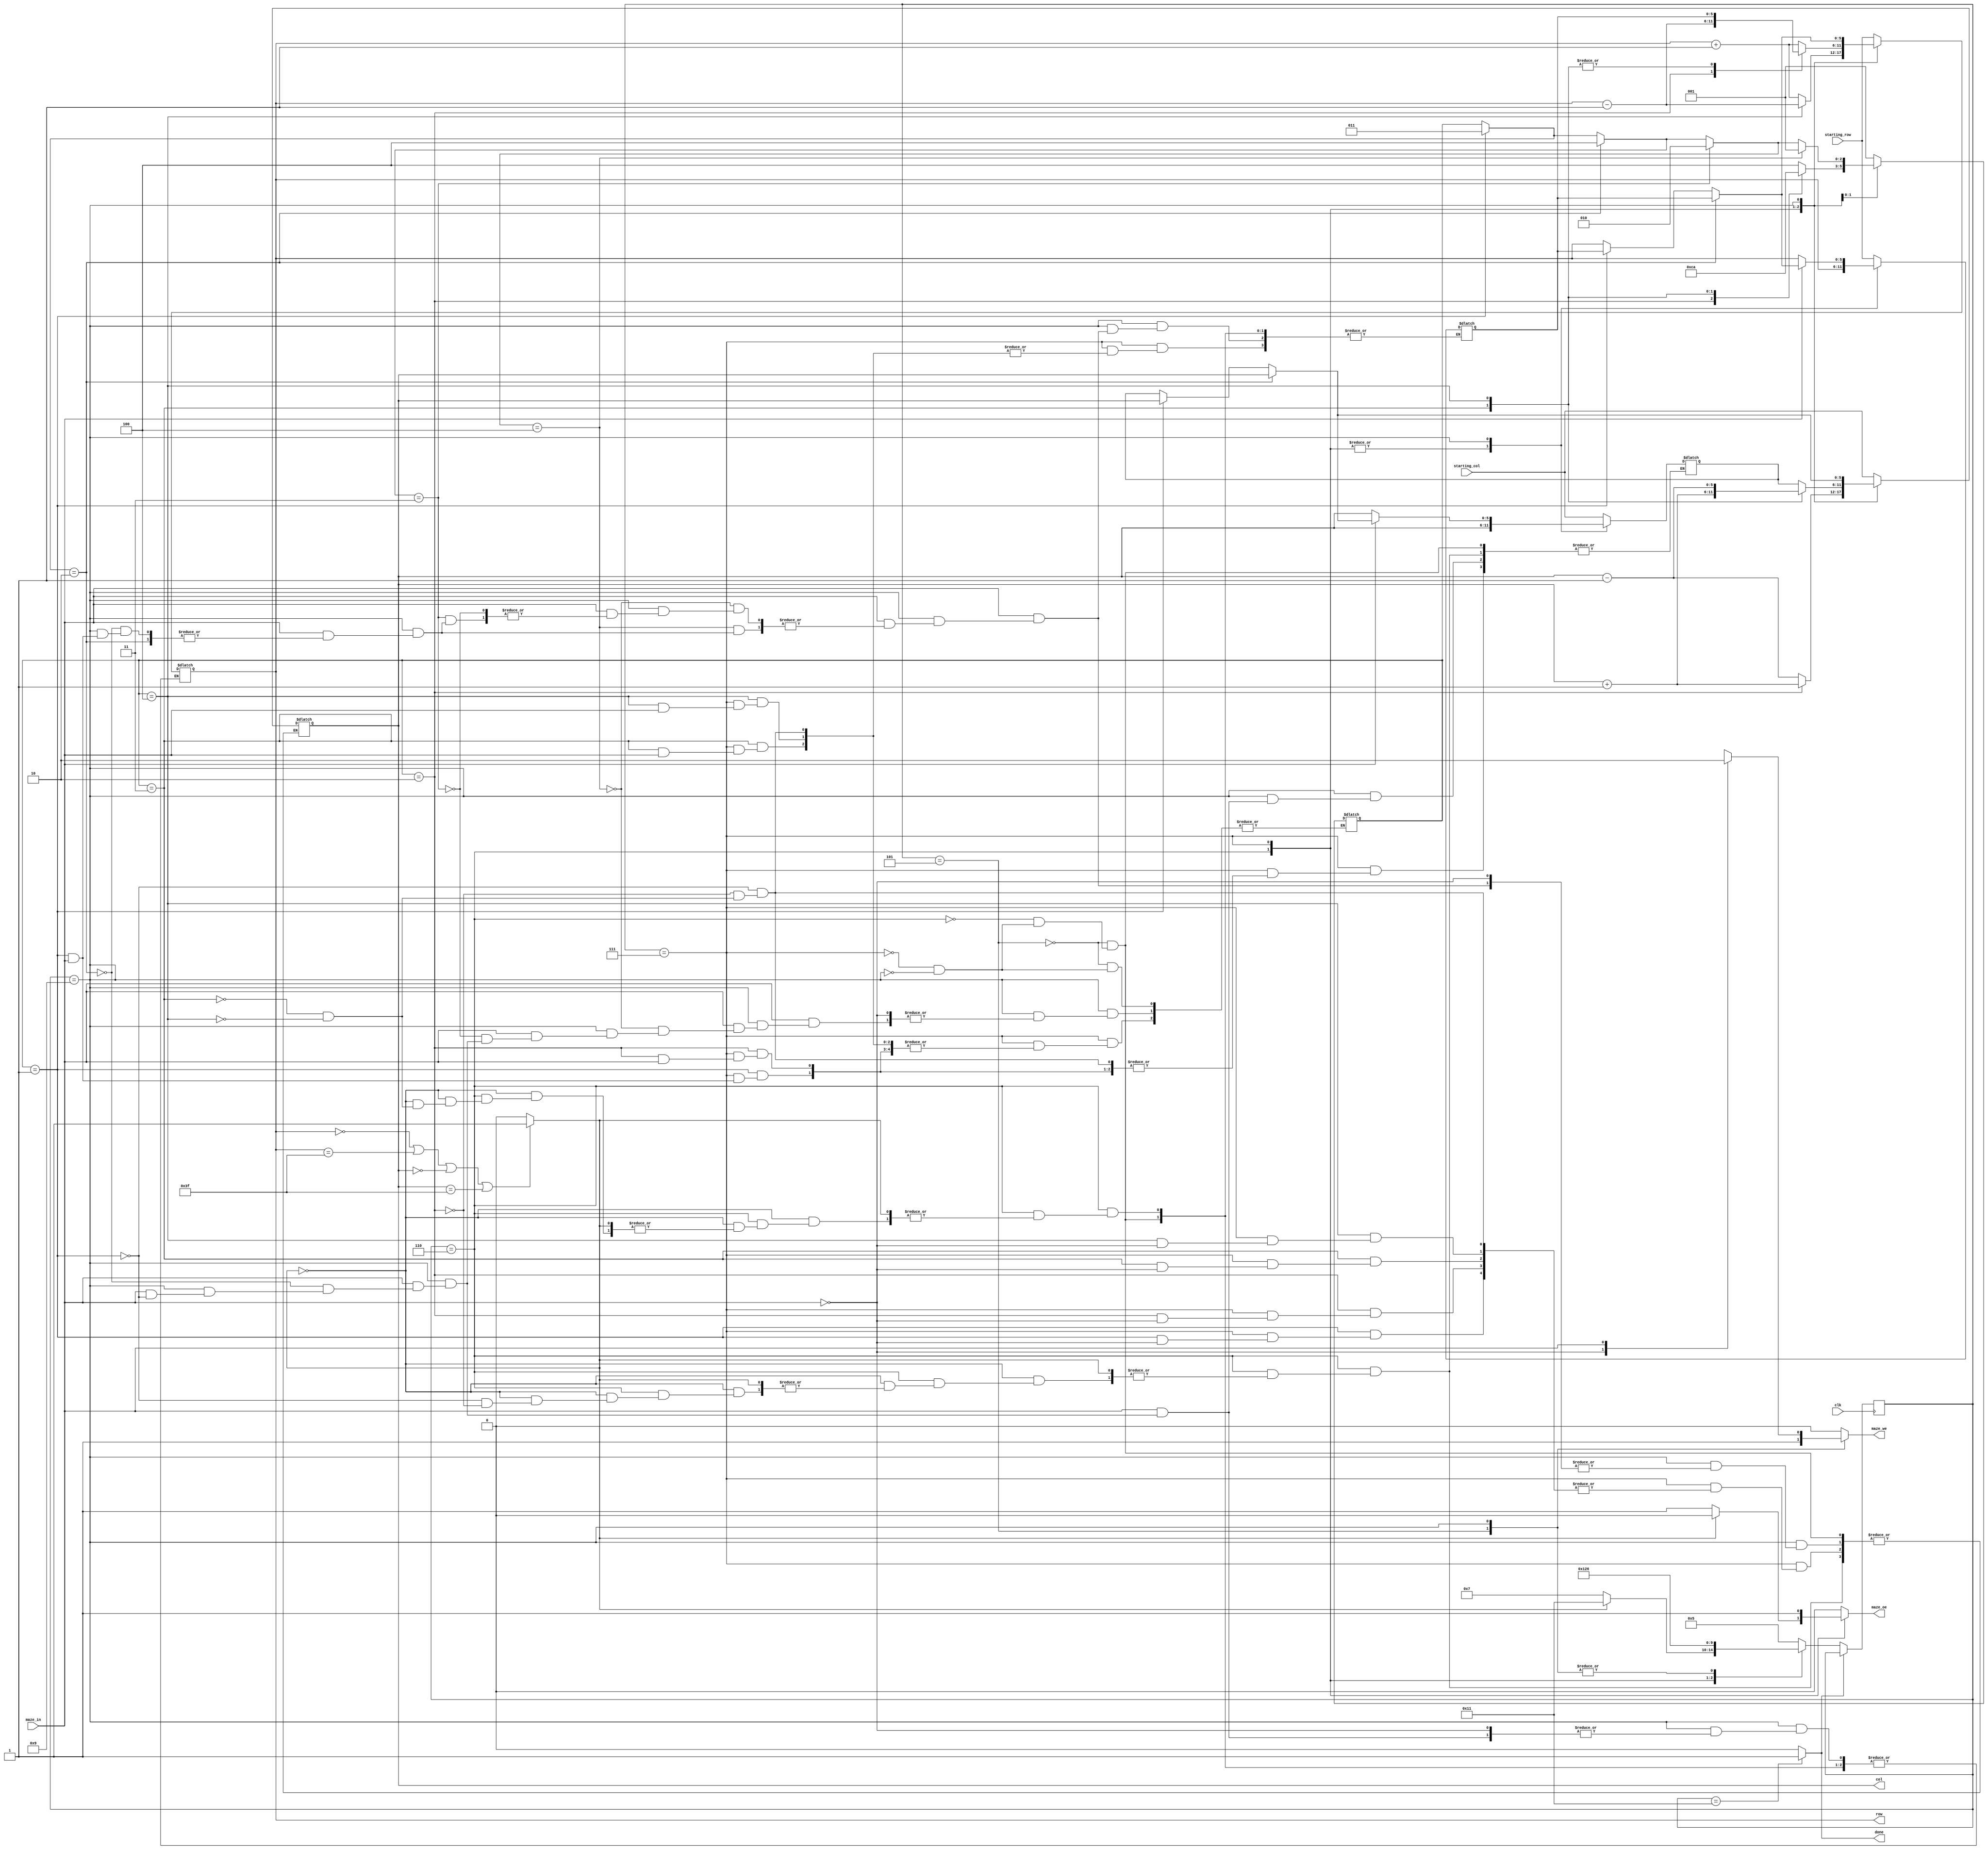
`timescale 1ns / 1ps
//////////////////////////////////////////////////////////////////////////////////
// Company: 
// Engineer: 
// 
// Design Name: 
// Module Name:    maze 
// Project Name: 
// Target Devices: 
// Tool versions: 
// Description: 
//
// Dependencies: 
//
// Revision: 
// Revision 0.01 - File Created
// Additional Comments: 
//
//////////////////////////////////////////////////////////////////////////////////
module maze #(parameter maze_width = 6,
				parameter state_width = 5,
				parameter direction_width = 3)(
	input 		          clk,
	input [maze_width - 1:0]  starting_col, starting_row, 	// indicii punctului de start
	input  			  maze_in, 			// ofera informa?ii despre punctul de coordonate [row, col]
	output reg [maze_width - 1:0] row, col,	 		// selecteaza un rnd si o coloana din labirint
	output reg  maze_oe,			// output enable (activeaza citirea din labirint la rndul ?i coloana date) - semnal sincron	
	output reg  maze_we, 			// write enable (activeaza scrierea n labirint la rndul ?i coloana date) - semnal sincron
	output reg done);				// ie?irea din labirint a fost gasita; semnalul ramane activ 


	`define input_start 5
	
	`define check_direction_to_right 6
	
	`define check_wall_right 7

	`define check_front_wall 9

	`define out 'h11


	reg [state_width - 1:0] current_state, next_state;
	reg [maze_width - 1:0] copy_row, copy_col;
	reg margin; // 0 -> nu am ajuns pe margine sau 1 -> am ajuns pe margine
	reg [direction_width - 1:0] direction; //1 (jos), 2(sus), 3(dreapta), 4(stanga)
	
	

	always@(posedge clk) begin
		if ( done == 0) begin
			current_state <= next_state;
		end
	end
	
	always@(*) begin
		next_state = `input_start;
		done = 0;
		maze_we = 0;
		maze_oe = 0;
		margin = 0; // initial nu am cum sa fiu pe margine
		
		
		// starea de start, salvez pozitia initiala si o marchez
		case(current_state)
			`input_start: begin 
				direction = 1; 
				row = starting_row;
				col = starting_col;
				copy_row = row;
				copy_col = col;
				maze_we = 1;
				next_state = `check_direction_to_right;	
			end
				
		
			`check_direction_to_right: begin
			// imi aleg o directie de deplasare si ma orientez catre dreapta acesteia 
			// pentru a verifica ulterior daca am perete la dreapta
			
			// verific daca ma aflu pe margine
				if ( row == 6'b0 || row == 6'd63 || col == 6'b0 || col == 6'd63 ) begin
					margin = 1; 	
				end else begin
					margin = 0; 
				end
				
				if ( margin == 1 ) begin // am ajuns pe margine, deci am gasit iesirea
					next_state = `out;
					
				end else if ( margin == 0) begin // nu sunt pe margine
					case ( direction ) 
						1: begin 
							copy_col = col;
							col = col - 1; 
						end
						
						2: begin 
							copy_col = col;
							col = col + 1; 
						end
						
						3: begin 
							copy_row = row;
							row = row + 1; 
						end
						
						4: begin
							copy_row = row;
							row = row - 1;
						end
					endcase
					maze_oe = 1; // citesc pozitia la care fac verificarea sa vad daca am perete in dreapta
					next_state = `check_wall_right;
				end
			end
			
			`check_wall_right: begin // verific daca am perete in dreapta
			// daca am perete in dreapta, ma duc sa verific daca am perete in fata
			// daca nu am perete in dreapta, ma rotesc (90grade la dreapta) si verific daca am perete in fata
				case ( direction ) 
					1: begin 
							case ( maze_in ) 
								1: begin // am perete in dreapta 
									col = copy_col;
									copy_row = row;
									row = row + 1; 
								end
								0: begin // nu am perete in dreapta
									direction = 4; 
									copy_col = col;
									copy_row = row; 
								end
							endcase
					end
					
					2: begin 
							case (maze_in) 
								1: begin // am perete in dreapta
									col = copy_col;
									copy_row = row;
									row = row - 1; 
								end
								0: begin // nu am perete in dreapta
									direction = 3; 
									copy_col = col;
									copy_row = row; 
								end
							endcase
					end
					
					3: begin 
							case ( maze_in) 
								1: begin // am perete in dreapta
									row = copy_row;
									copy_col = col;
									col = col + 1; 	
								end
								0: begin // nu am perete in dreapta
									direction = 1; 
									copy_col = col;
									copy_row = row; 
								end
							endcase
					end
					
					4: begin 
							case ( maze_in )
								1: begin // am perete in dreapta
									row = copy_row;
									copy_col = col;
									col = col - 1; 
								end
								0: begin // nu am perete in dreapta
									direction = 2; 
									copy_col = col;
									copy_row = row; 
								end
							endcase
					end
				endcase
				maze_oe = 1; // citesc pozitia pe care fac verificarea sa vad daca am perete in fata
				next_state = `check_front_wall;
			end
			 
			`check_front_wall: begin // verific daca am perete in fata
			// daca nu am perete in fata, ma deplasez in fata un pas, marchez pozitia si reiau verificarile
			// daca am perete in fata ma rotesc(90grade la stanga), salvez pozitia si reiau verificarile
				case(maze_in)
					0: begin // nu am perete in fata
						copy_col = col;
						copy_row = row;
						maze_we = 1; 
						next_state = `check_direction_to_right;
					end
					
					1: begin // am perete in fata
					
						if ( direction == 1 ) begin
							copy_col = col;
							row = copy_row;
							direction = 3; 
						end 
						
						if ( direction == 2 ) begin
							copy_col = col;
							row = copy_row;
							direction = 4; 
						end
						
						if ( direction == 3 ) begin
							copy_row = row;
							col = copy_col;
							direction = 2; 
						end
						
						if ( direction == 4 ) begin
							copy_row = row;
							col = copy_col;
							direction = 1; 
						end
						next_state = `check_direction_to_right;
					end
				endcase
			end
					// am iesit din labirint
					`out: done = 1;

					default ;
			endcase
		end
endmodule